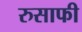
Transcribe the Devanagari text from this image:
रुसाफी